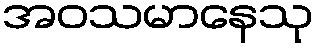
အဝသမာနေသု